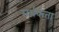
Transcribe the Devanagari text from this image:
सर्थकता